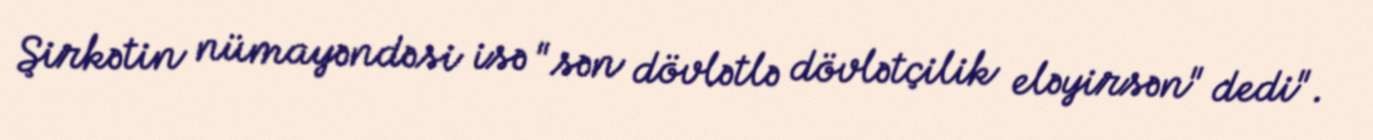
Şirkətin nümayəndəsi isə "sən dövlətlə dövlətçilik eləyirsən" dedi".